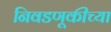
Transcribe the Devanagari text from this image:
निवडणूकीच्या